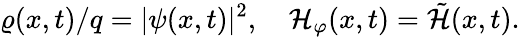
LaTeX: \varrho({x},t)/q=|\psi({x},t)|^{2},\quad\mathcal{H}_{\varphi}({x},t)=\tilde{\mathcal{H}}({x},t).